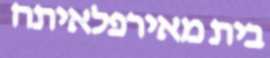
בית מאירפלאיתה